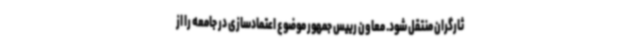
ثارگران منتقل شود. معاون رییس جمهور موضوع اعتمادسازی در جامعه را از